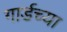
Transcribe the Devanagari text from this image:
गार्डच्या